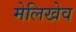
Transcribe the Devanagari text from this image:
मेलिखेव